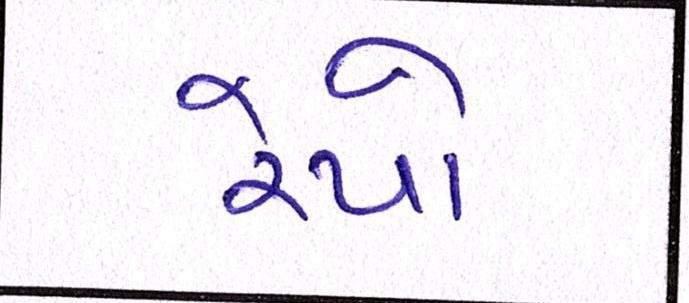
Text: રેપો